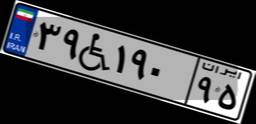
۹۸W۷۴۷۸۲